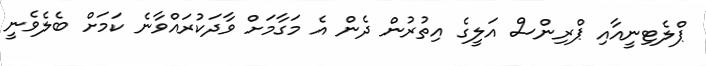
ޕްލެޓިނީއާއި ޕްރިންސް އަލީގެ އިތުރުން ދެން އެ މަގާމަށް ވާދަކުރައްވާނެ ކަމަށް ބެލެވެނީ